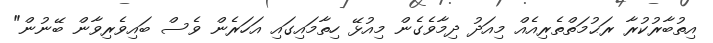
އިތުބާރުކުރާ ރަޙުމަތްތެރިއެއް މިއަދު ދިމާވެގެން މިއުޅޭ ހިތާމައިގައި އަހަރެން ވެސް ބައިވެރިވާން ބޭނުން"